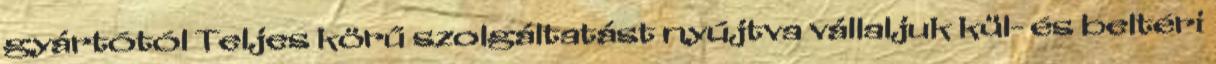
gyártótól Teljes körű szolgáltatást nyújtva vállaljuk kül- és beltéri